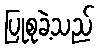
ပြုစုခဲ့သည်